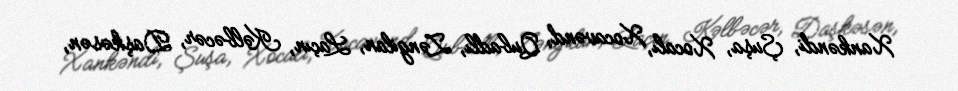
Xankəndi, Şuşa, Xocalı, Xocavənd, Qubadlı, Zəngilan, Laçın, Kəlbəcər, Daşkəsən,